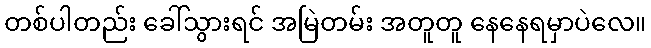
တစ်ပါတည်း ခေါ်သွားရင် အမြဲတမ်း အတူတူ နေနေရမှာပဲလေ။